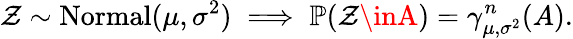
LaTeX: \mathcal{Z}\sim\operatorname{Normal}(\mu,\sigma^{2})\implies\mathbb{{P}}(\mathcal{Z}\inA)=\gamma_{\mu,\sigma^{2}}^{n}(A).